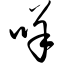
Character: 咩